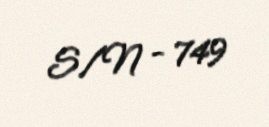
S/N - 749